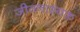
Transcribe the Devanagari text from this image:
जीवनाश्यक